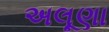
અલૂણા